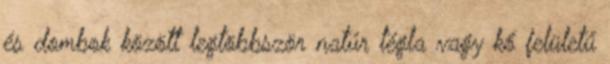
és dombok között legtöbbször natúr tégla vagy kő felületű